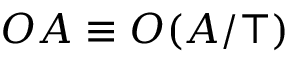
O A \equiv O ( A / \top )